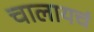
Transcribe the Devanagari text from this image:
चालायचं